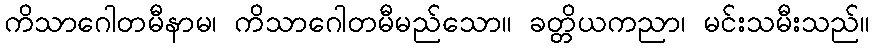
ကိသာဂေါတမီနာမ၊ ကိသာဂေါတမီမည်သော။ ခတ္တိယကညာ၊ မင်းသမီးသည်။